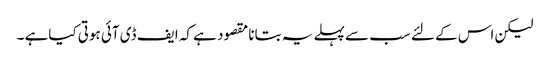
لیکن اس کے لئے سب سے پہلے یہ بتانا مقصود ہے کہ ایف ڈی آئی ہوتی کیاہے ۔